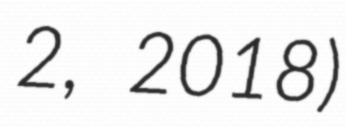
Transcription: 2, 2018)